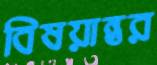
বিষয়ান্তর